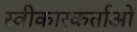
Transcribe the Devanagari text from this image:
स्वीकारकर्ताओं